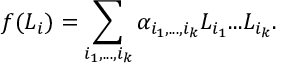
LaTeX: f ( L _ { i } ) = \sum _ { i _ { 1 } , . . . , i _ { k } } { \alpha } _ { i _ { 1 } , . . . , i _ { k } } L _ { i _ { 1 } } . . . L _ { i _ { k } } .